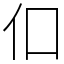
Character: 㐰